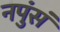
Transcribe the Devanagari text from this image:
नपुंसं